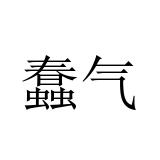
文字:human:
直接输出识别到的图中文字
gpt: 蠢气